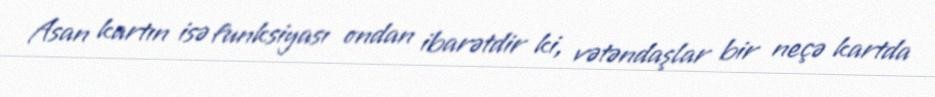
Asan kartın isə funksiyası ondan ibarətdir ki, vətəndaşlar bir neçə kartda